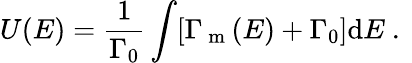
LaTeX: U(E)=\frac{1}{\Gamma_{0}}\int[\Gamma_{\mathrm{~m~}}(E)+\Gamma_{0}]\mathrm{d}E\mathrm{~.~}